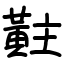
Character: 黈